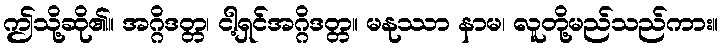
ဤသို့ဆို၏။ အဂ္ဂိဒတ္တ၊ ငါ့ရှင်အဂ္ဂိဒတ္တ။ မနုဿာ နာမ၊ လူတို့မည်သည်ကား။